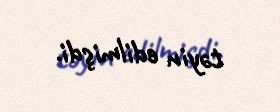
təyin edilmişdi.